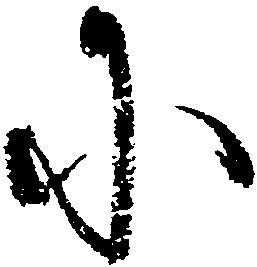
に